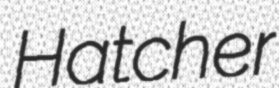
Hatcher